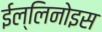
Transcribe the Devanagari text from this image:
ईल्लिनोइस